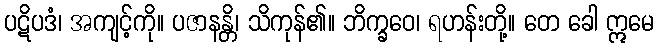
ပဋိပဒံ၊ အကျင့်ကို။ ပဇာနန္တိ၊ သိကုန်၏။ ဘိက္ခဝေ၊ ရဟန်းတို့။ တေ ခေါ ဣမေ